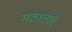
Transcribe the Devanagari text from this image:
मठातले